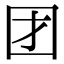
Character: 团